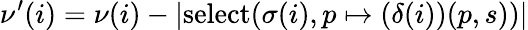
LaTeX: \nu^{\prime}(i)=\nu(i)-|\textup{select}(\sigma(i),p\mapsto(\delta(i))(p,s))|